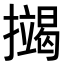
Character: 𢷒